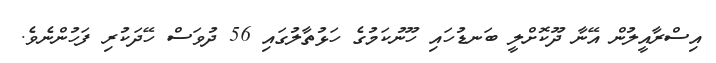
އިސްރާއީލުން އޭނާ ދޫކޮށްލީ ބަނޑުހައި ހޫނުކަމުގެ ހަޅުތާލުގައި 56 ދުވަސް ހޭދަކުރި ފަހުންނެވެ.